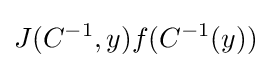
J(C^{-1},y)f(C^{-1}(y))